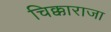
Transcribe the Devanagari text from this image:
चिक्काराजा